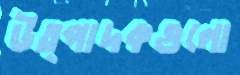
উত্পাদকগুলো